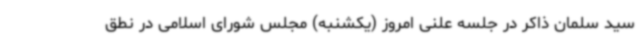
سید سلمان ذاکر در جلسه علنی امروز (یکشنبه) مجلس شورای اسلامی در نطق